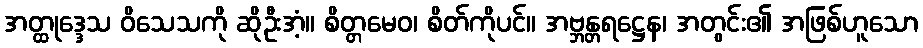
အတ္ထုဒ္ဒေသ ဝိသေသကို ဆိုဦးအံ့။ စိတ္တမေဝ၊ စိတ်ကိုပင်။ အဗ္ဘန္တရဋ္ဌေန၊ အတွင်း၏ အဖြစ်ဟူသော